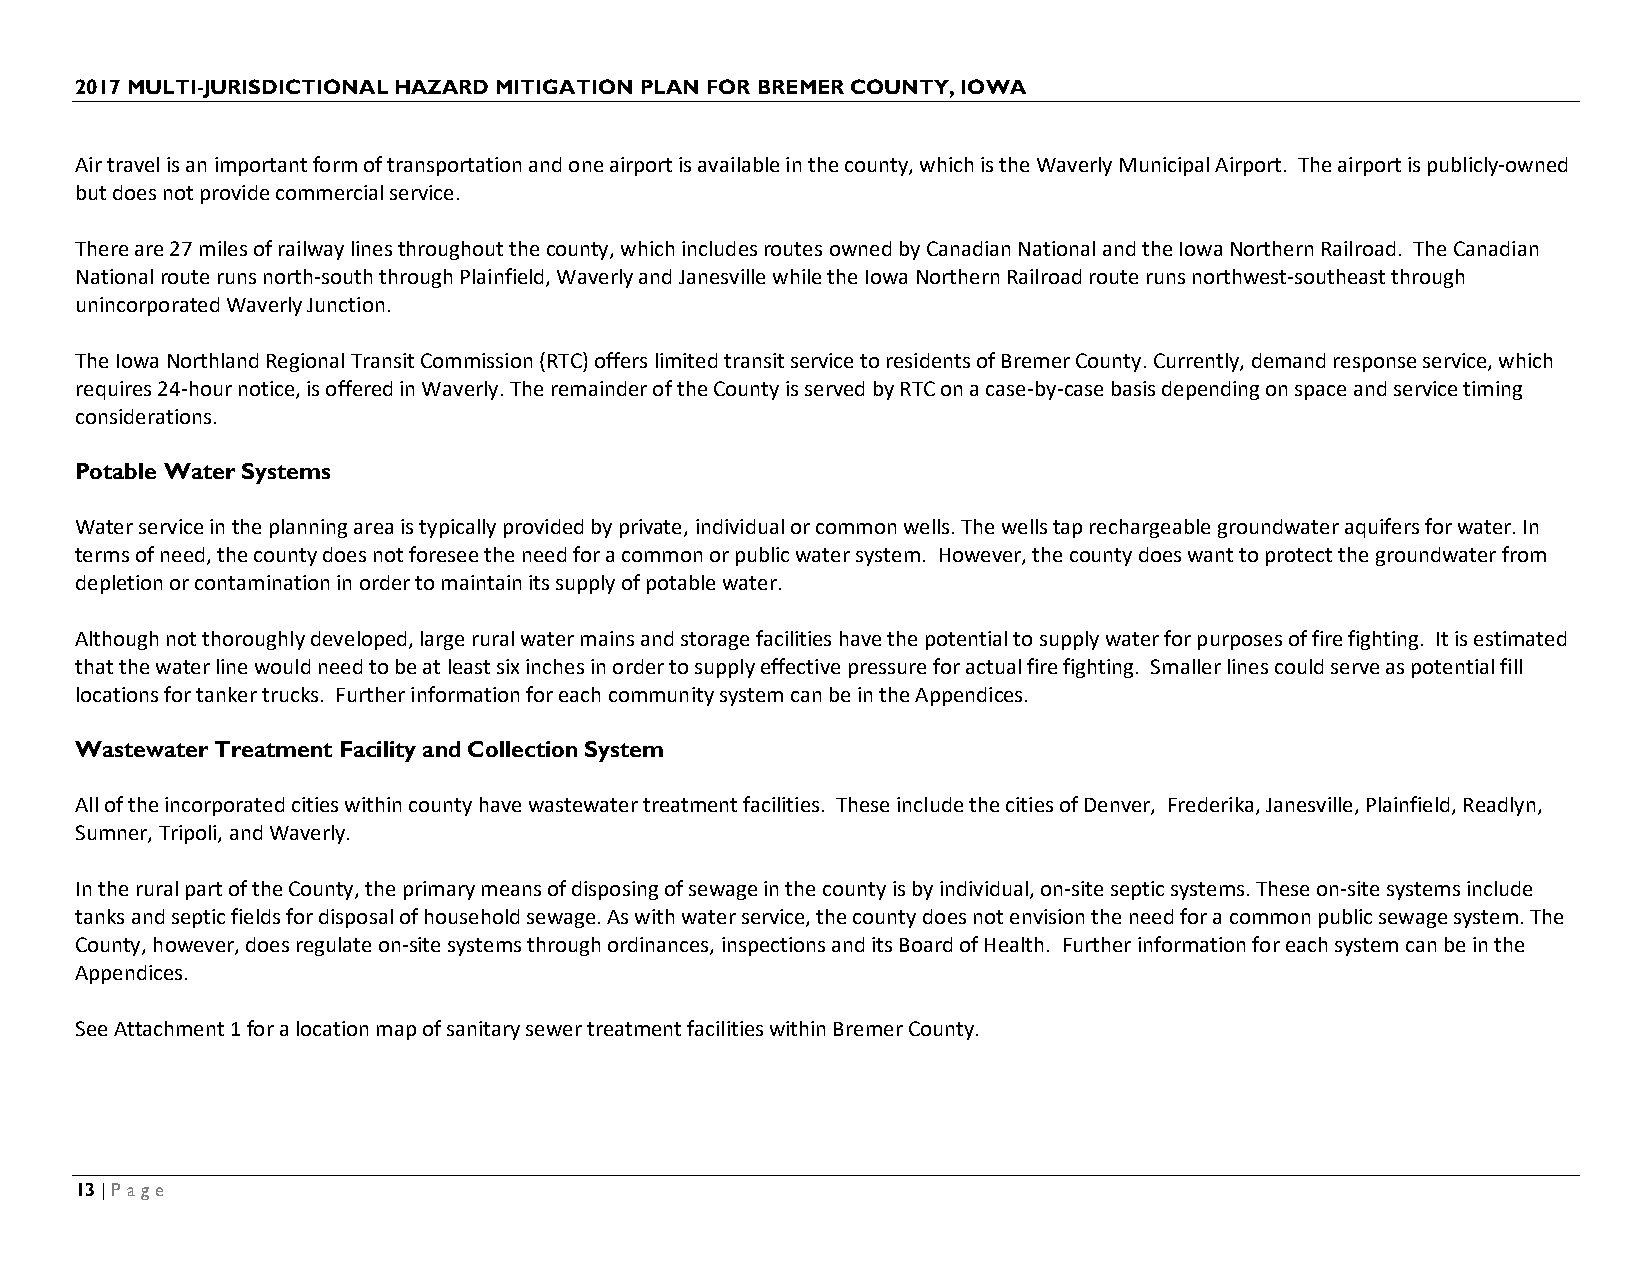
2017 MULTI-JURISDICTIONAL HAZARD MITIGATION PLAN FOR BREMER COUNTY, IOWA
 Air travel is an important form of transportation and one airport is available in the county, which is the Waverly Municipal Airport. The airport is publicly-owned
 but does not provide commercial service.
 There are 27 miles of railway lines throughout the county, which includes routes owned by Canadian National and the Iowa Northern Railroad. The Canadian
 National route runs north-south through Plainfield, Waverly and Janesville while the Iowa Northern Railroad route runs northwest-southeast through
 unincorporated Waverly Junction.
 The Iowa Northland Regional Transit Commission (RTC) offers limited transit service to residents of Bremer County. Currently, demand response service, which
 requires 24-hour notice, is offered in Waverly. The remainder of the County is served by RTC on a case-by-case basis depending on space and service timing
 considerations.
 Potable Water Systems
 Water service in the planning area is typically provided by private, individual or common wells. The wells tap rechargeable groundwater aquifers for water. In
 terms of need, the county does not foresee the need for a common or public water system. However, the county does want to protect the groundwater from
 depletion or contamination in order to maintain its supply of potable water.
 Although not thoroughly developed, large rural water mains and storage facilities have the potential to supply water for purposes of fire fighting. It is estimated
 that the water line would need to be at least six inches in order to supply effective pressure for actual fire fighting. Smaller lines could serve as potential fill
 locations for tanker trucks. Further information for each community system can be in the Appendices.
 Wastewater Treatment Facility and Collection System
 All of the incorporated cities within county have wastewater treatment facilities. These include the cities of Denver, Frederika, Janesville, Plainfield, Readlyn,
 Sumner, Tripoli, and Waverly.
 In the rural part of the County, the primary means of disposing of sewage in the county is by individual, on-site septic systems. These on-site systems include
 tanks and septic fields for disposal of household sewage. As with water service, the county does not envision the need for a common public sewage system. The
 County, however, does regulate on-site systems through ordinances, inspections and its Board of Health. Further information for each system can be in the
 Appendices.
 See Attachment 1 for a location map of sanitary sewer treatment facilities within Bremer County.
 13 | Page